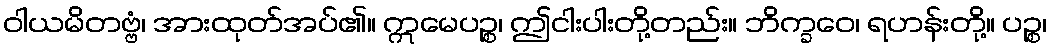
ဝါယမိတဗ္ဗံ၊ အားထုတ်အပ်၏။ ဣမေပဉ္စ၊ ဤငါးပါးတို့တည်း။ ဘိက္ခဝေ၊ ရဟန်းတို့။ ပဉ္စ၊